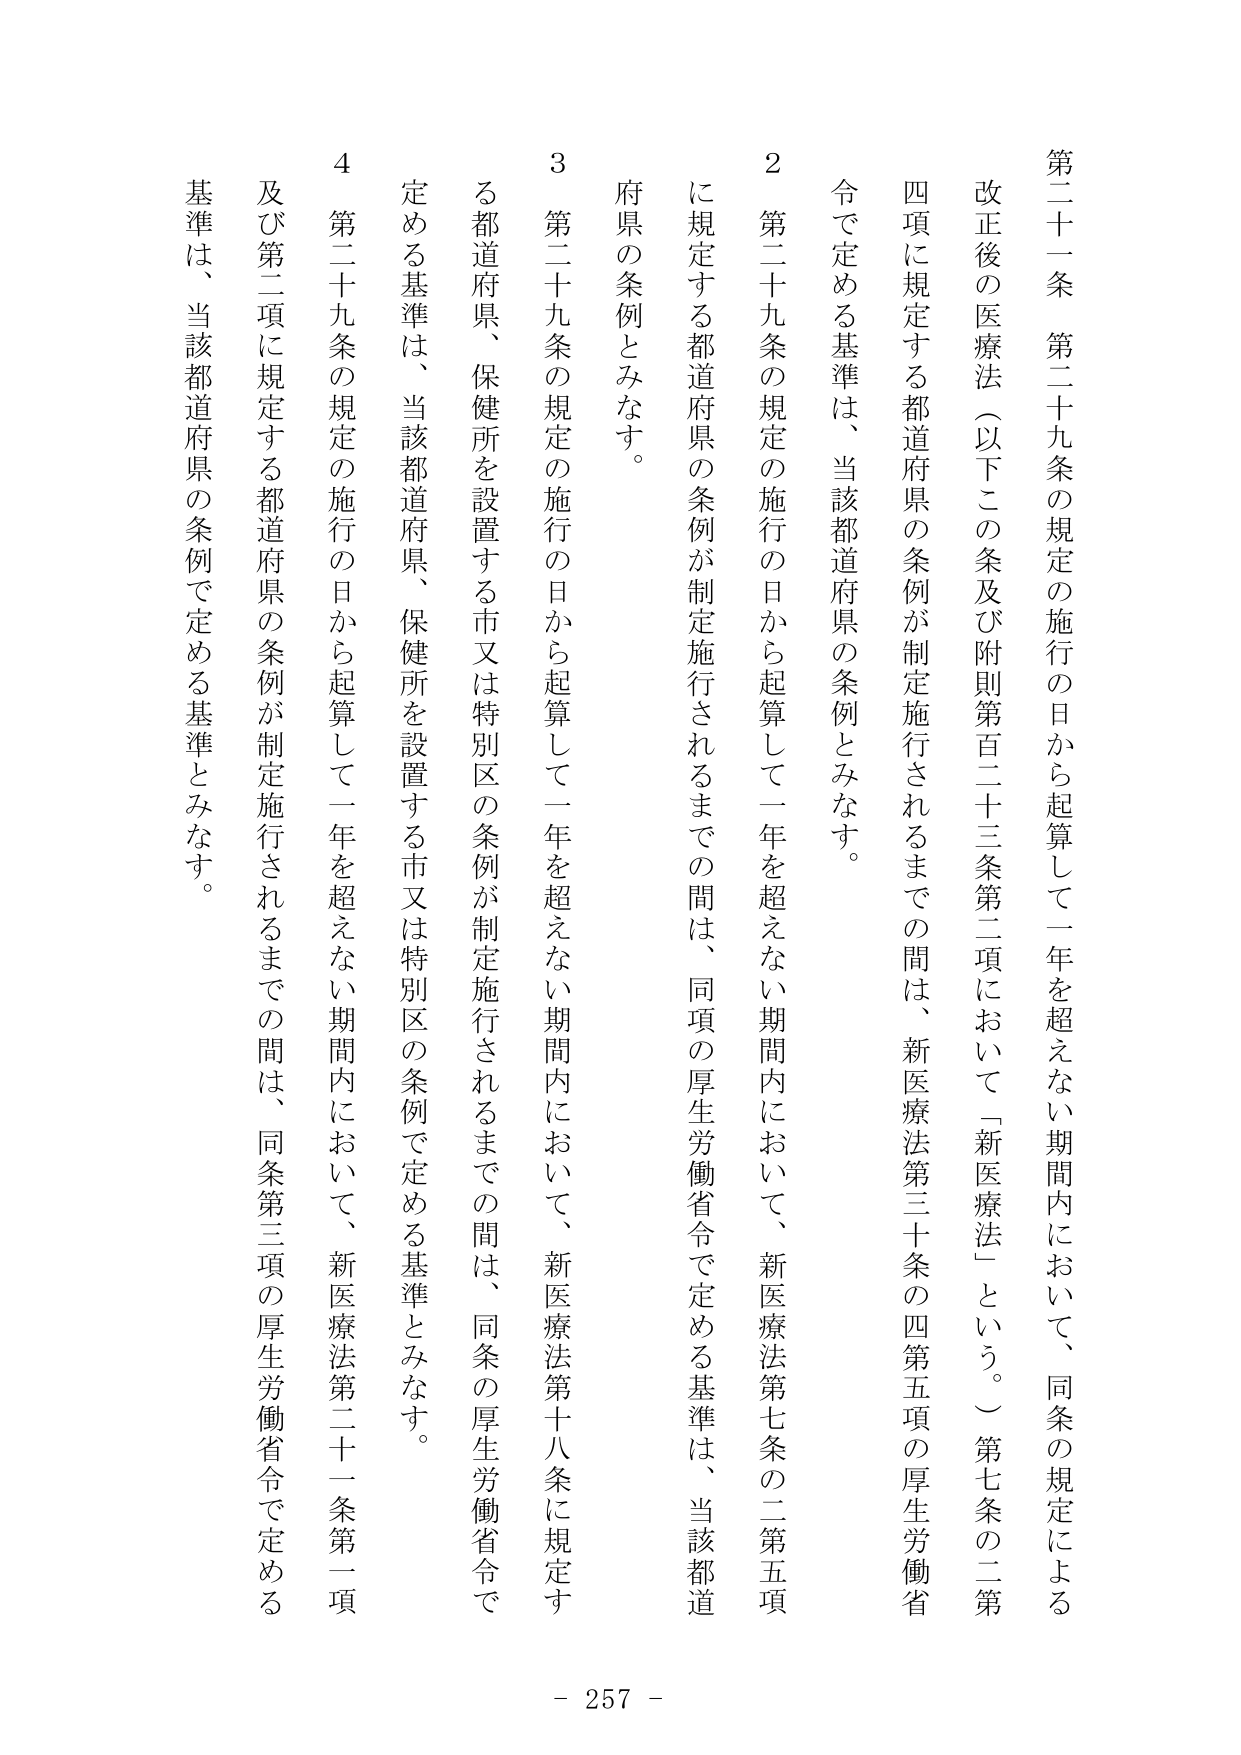
第二十一条　第二十九条の規定の施行の日から起算して一年を超えない期間内において、同条の規定による改正後の医療法（以下この条及び附則第百二十三条第二項において「新医療法」という。）第七条の二第四項に規定する都道府県の条例が制定施行されるまでの間は、新医療法第三十条の四第五項の厚生労働省令で定める基準は、当該都道府県の条例とみなす。

２　第二十九条の規定の施行の日から起算して一年を超えない期間内において、新医療法第七条の二第五項に規定する都道府県の条例が制定施行されるまでの間は、同項の厚生労働省令で定める基準は、当該都道府県の条例とみなす。

３　第二十九条の規定の施行の日から起算して一年を超えない期間内において、新医療法第十八条に規定する都道府県、保健所を設置する市又は特別区の条例が制定施行されるまでの間は、同条の厚生労働省令で定める基準は、当該都道府県、保健所を設置する市又は特別区の条例で定める基準とみなす。

４　第二十九条の規定の施行の日から起算して一年を超えない期間内において、新医療法第二十一条第一項及び第二項に規定する都道府県の条例が制定施行されるまでの間は、同条第三項の厚生労働省令で定める基準は、当該都道府県の条例で定める基準とみなす。

- 257 -